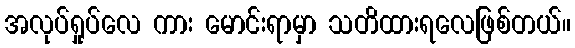
အလုပ်ရှုပ်လေ ကား မောင်းရာမှာ သတိထားရလေဖြစ်တယ်။